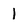
Character: 1